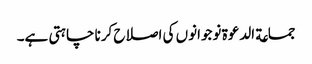
جماعة الدعوة نوجوانوں کی اصلاح کرنا چاہتی ہے۔